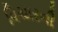
વિચારની